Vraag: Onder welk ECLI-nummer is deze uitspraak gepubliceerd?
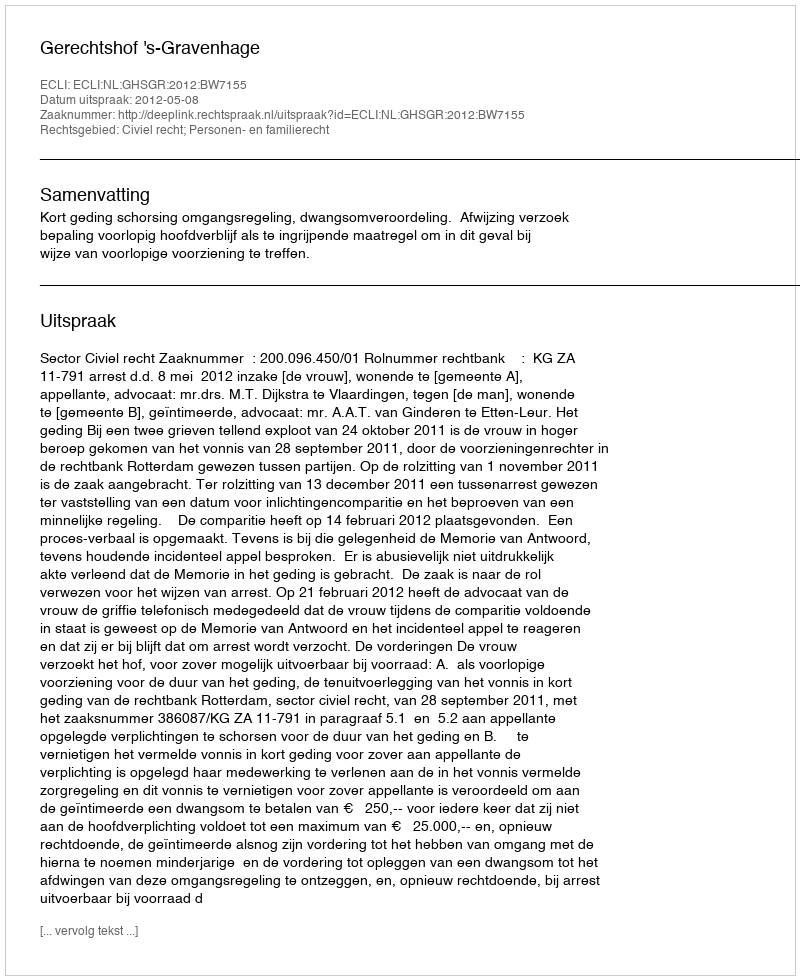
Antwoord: ECLI:NL:GHSGR:2012:BW7155